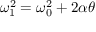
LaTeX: \omega _ { 1 } ^ { 2 } = \omega _ { 0 } ^ { 2 } + 2 \alpha \theta